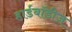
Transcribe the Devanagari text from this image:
हार्डबॉडीज